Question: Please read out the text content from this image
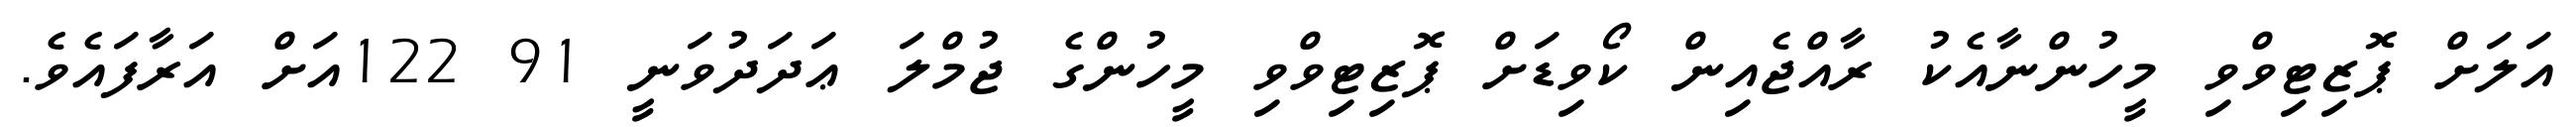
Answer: އަލަށް ޕޮޒިޓިވްވި މީހުންނާއެކު ރާއްޖެއިން ކޯވިޑަށް ޕޮޒިޓިވްވި މީހުންގެ ޖުމްލަ ޢަދަދުވަނީ 91 122އަށް އަރާފައެވެ.